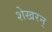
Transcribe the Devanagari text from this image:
शेखरन्